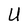
Character: U